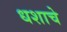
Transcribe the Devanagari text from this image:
धशाचे